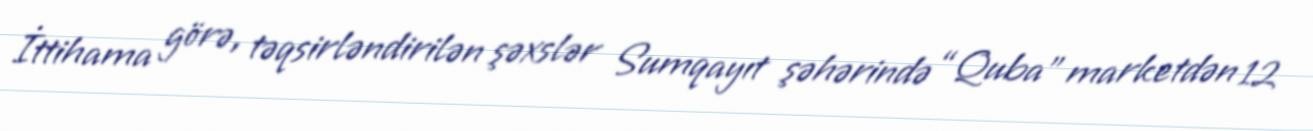
İttihama görə, təqsirləndirilən şəxslər Sumqayıt şəhərində “Quba” marketdən 12